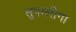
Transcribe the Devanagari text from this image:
सुपरलीगा